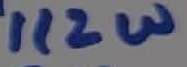
Text: 1/2W